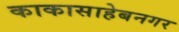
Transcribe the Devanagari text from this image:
काकासाहेबनगर